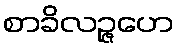
စာခိလဉ္ဇဟေ